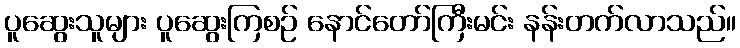
ပူဆွေးသူများ ပူဆွေးကြစဉ် နောင်တော်ကြီးမင်း နန်းတက်လာသည်။